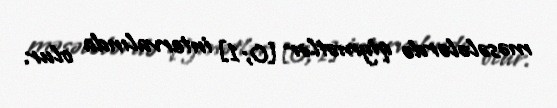
məsələlərdə qiymətlər [0;1] intervalında olur.